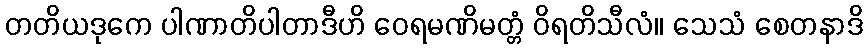
တတိယဒုကေ ပါဏာတိပါတာဒီဟိ ဝေရမဏိမတ္တံ ဝိရတိသီလံ။ သေသံ စေတနာဒိ